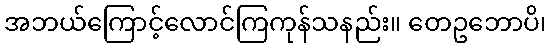
အဘယ်ကြောင့်လောင်ကြကုန်သနည်း။ တေဥဘောပိ၊